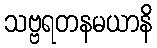
သဗ္ဗရတနမယာနိ